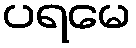
ပရမေ